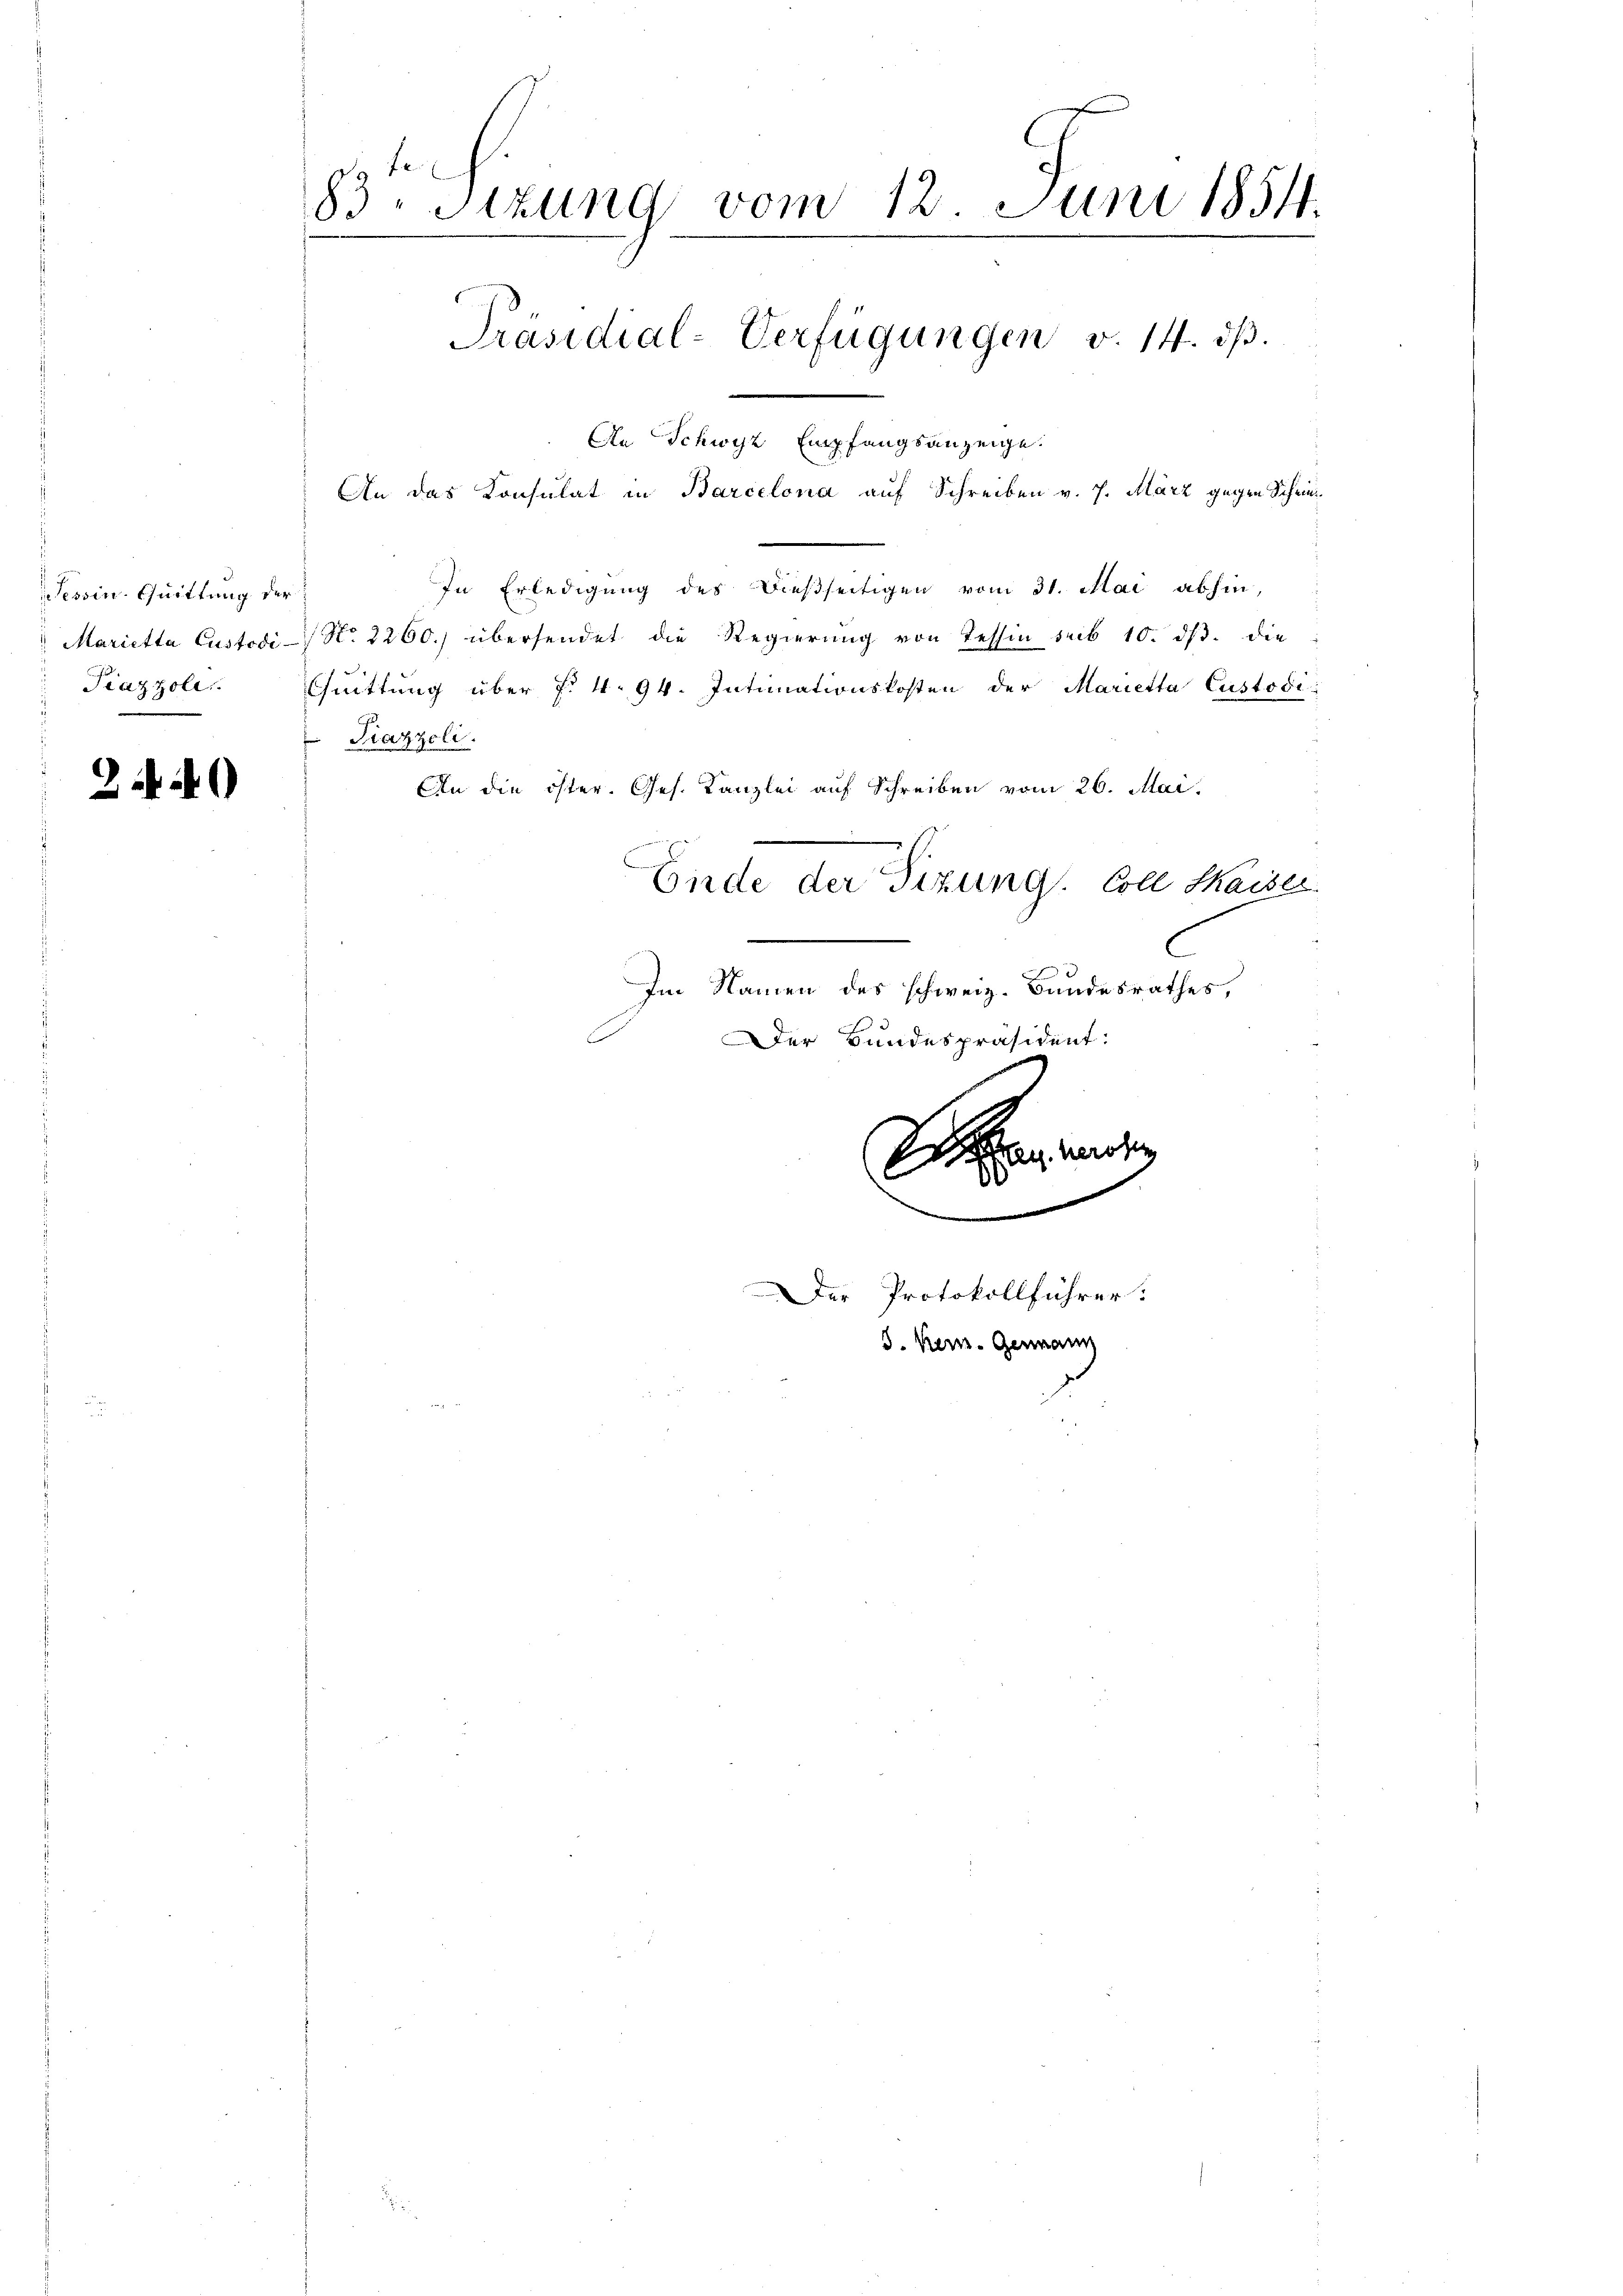
3 24)

Tessin. Quittung der
Piazzoli

83 Sizung vom 12. Juni 1854.
Präsidial-Verfügungen v. 14. dβ.
An Schwyz Empfangsanzeige.
An das Konsulat in Barcelona auf Schreiben v. 7. März gegen Schrie¬

In Erledigung des Dießseitigen vom 31. Mai abhin,
Marietta Custodi-/ No. 2260.) übersendet die Regierŭng von Tessin sub 10. dβ. die
Cuittung über §. 4. 94. Intimationskosten der Marietta Custodi
Piazzoli.
An die öster. Ges. Kanzlei auf Schreiben vom 26. Mai.
Ende der Sizung. Coll Kaiser
C
Im Namen des schweiz. Bundesrathes,
Der Bundespräsident:
x
a messen
.
.
Der Protokollführer.

5. Bern. Genann